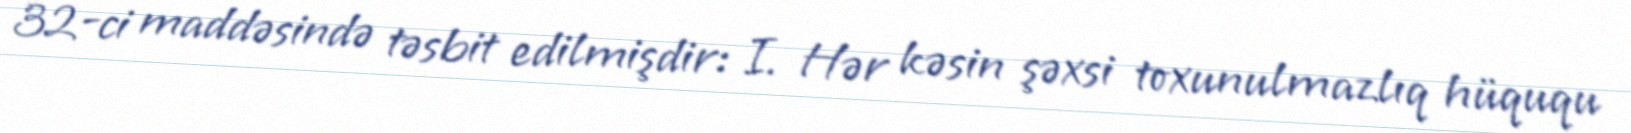
32-ci maddəsində təsbit edilmişdir: I. Hər kəsin şəxsi toxunulmazlıq hüququ